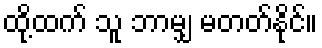
ထို့ထက် သူ ဘာမျှ မတတ်နိုင်။